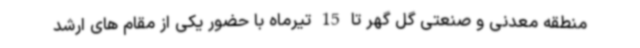
منطقه معدنی و صنعتی گل گهر تا 15 تیرماه با حضور یکی از مقام های ارشد